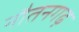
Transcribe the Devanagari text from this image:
नौतनगढ़